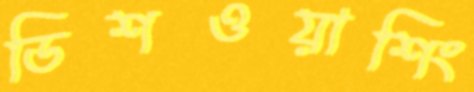
ডিশওয়াশিং